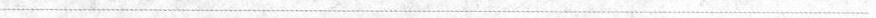
___